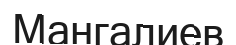
Мангалиев